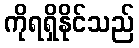
ကိုရရှိနိုင်သည်